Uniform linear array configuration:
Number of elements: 16
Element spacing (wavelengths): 1
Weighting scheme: uniform
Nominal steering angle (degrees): -45
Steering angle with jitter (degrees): -45.953
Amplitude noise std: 0.05
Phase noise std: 0.05

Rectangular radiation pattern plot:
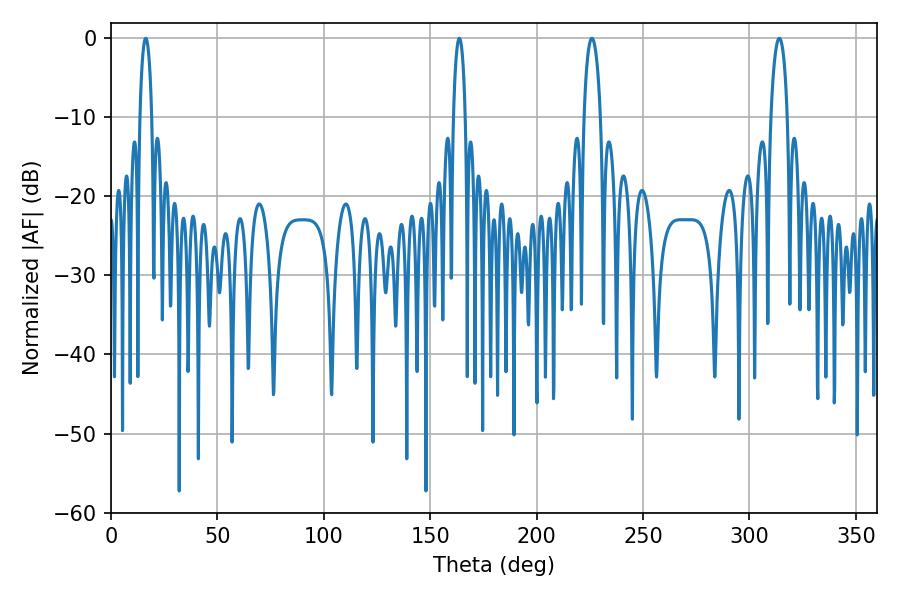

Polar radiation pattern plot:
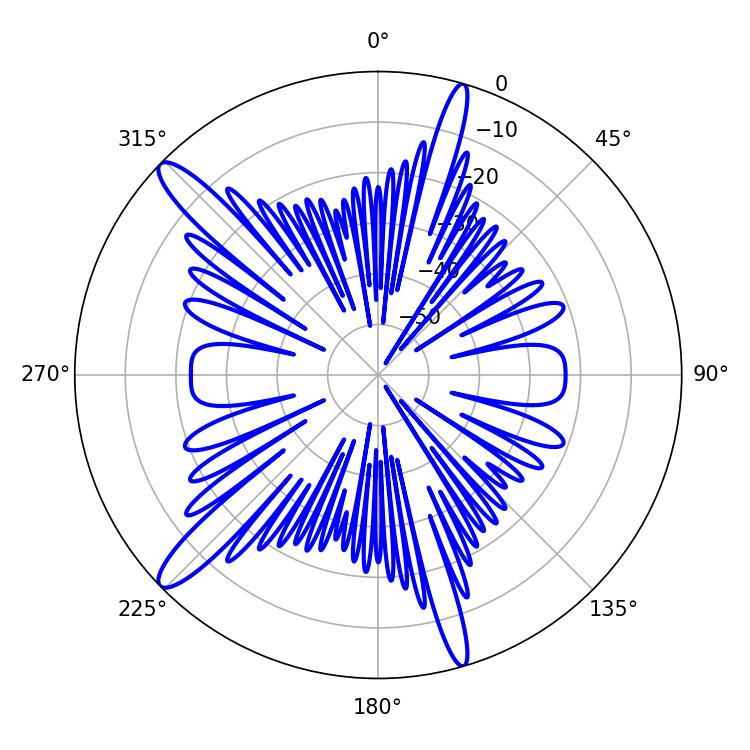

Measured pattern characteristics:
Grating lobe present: TRUE
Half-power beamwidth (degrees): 4.5
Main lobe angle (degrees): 225.9